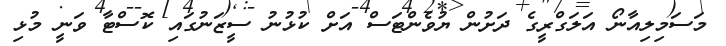
މަސަމިލިއާނޯ އަލަގްރީގެ ދަށުން ޔުވެންޓަސް އަށް ކުޅުނު ސީޒަނުގައި ކޮސްޓާ ވަނީ މުޅި